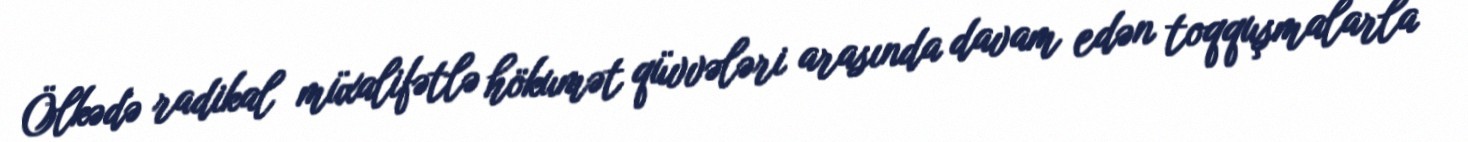
Ölkədə radikal müxalifətlə hökumət qüvvələri arasında davam edən toqquşmalarla